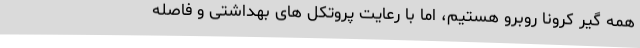
همه گیر کرونا روبرو هستیم، اما با رعایت پروتکل های بهداشتی و فاصله